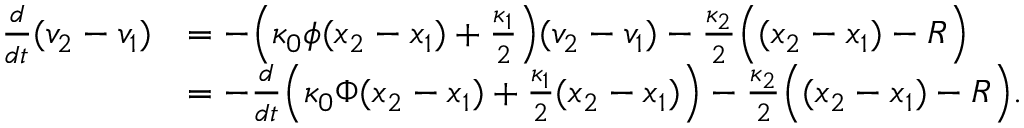
\begin{array} { r } { \begin{array} { r l } { \frac { d } { d t } ( v _ { 2 } - v _ { 1 } ) } & { = - \Big ( \kappa _ { 0 } \phi ( x _ { 2 } - x _ { 1 } ) + \frac { \kappa _ { 1 } } { 2 } \Big ) ( v _ { 2 } - v _ { 1 } ) - \frac { \kappa _ { 2 } } { 2 } \Big ( ( x _ { 2 } - x _ { 1 } ) - R \Big ) } \\ & { = - \frac { d } { d t } \Big ( \kappa _ { 0 } \Phi ( x _ { 2 } - x _ { 1 } ) + \frac { \kappa _ { 1 } } { 2 } ( x _ { 2 } - x _ { 1 } ) \Big ) - \frac { \kappa _ { 2 } } { 2 } \Big ( ( x _ { 2 } - x _ { 1 } ) - R \Big ) . } \end{array} } \end{array}